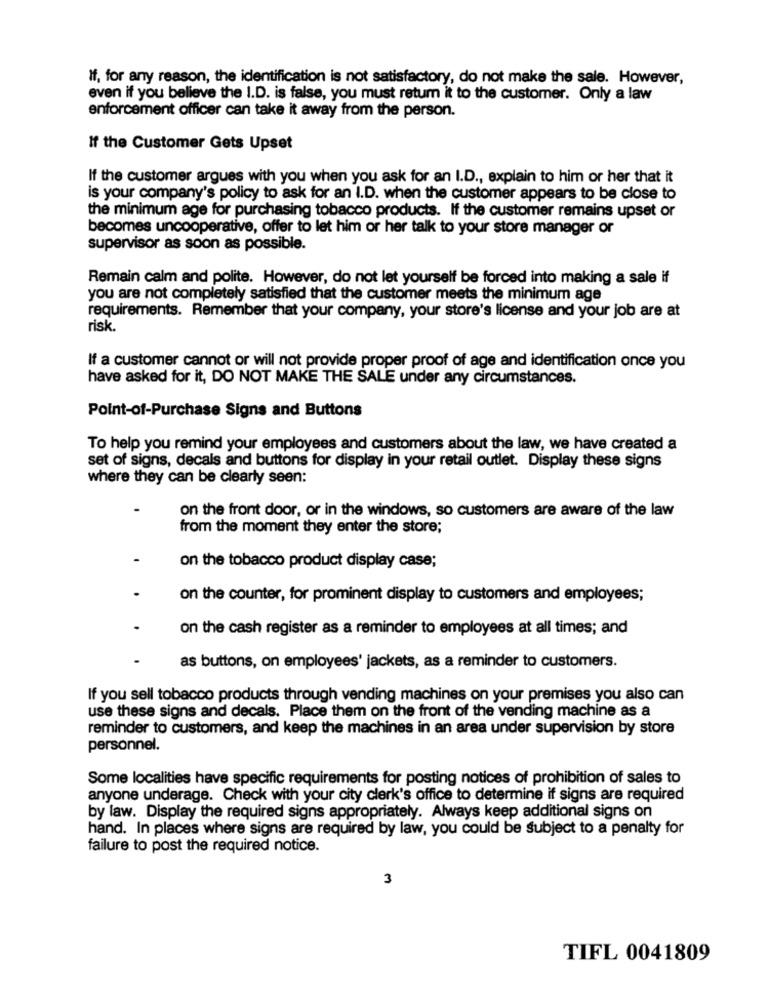
If, for any reason, the identification is not satisfactory, do not make the sale. However,
even if you believe the I.D. is false, you must return it to the customer. Only a law
enforcement officer can take it away from the person.
If the Customer Gets Upset
If the customer argues with you when you ask for an I.D ., explain to him or her that it
is your company's policy to ask for an I.D. when the customer appears to be close to
the minimum age for purchasing tobacco products. If the customer remains upset or
becomes uncooperative, offer to let him or her talk to your store manager or
supervisor as soon as possible.
Remain calm and polite. However, do not let yourself be forced into making a sale if
you are not completely satisfied that the customer meets the minimum age
requirements. Remember that your company, your store's license and your job are at
risk.
If a customer cannot or will not provide proper proof of age and identification once you
have asked for it, DO NOT MAKE THE SALE under any circumstances.
Point-of-Purchase Signs and Buttons
To help you remind your employees and customers about the law, we have created a
set of signs, decals and buttons for display in your retail outlet. Display these signs
where they can be clearly seen:
on the front door, or in the windows, so customers are aware of the law
from the moment they enter the store;
on the tobacco product display case;
on the counter, for prominent display to customers and employees;
on the cash register as a reminder to employees at all times; and
as buttons, on employees' jackets, as a reminder to customers.
If you sell tobacco products through vending machines on your premises you also can
use these signs and decals. Place them on the front of the vending machine as a
reminder to customers, and keep the machines in an area under supervision by store
personnel.
Some localities have specific requirements for posting notices of prohibition of sales to
anyone underage. Check with your city clerk's office to determine if signs are required
by law. Display the required signs appropriately. Always keep additional signs on
hand. In places where signs are required by law, you could be subject to a penalty for
failure to post the required notice.
3
TIFL 0041809